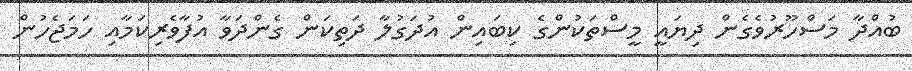
ބުއްދާ މަސްހޫރުވެގެން ދިޔައީ މީސްތަކުންގެ ކިބައިން އުދަގުލާ ދަތިކަން ގެންދަވާ އުފާވެރިކަމާއި ހަމަޖެހުން